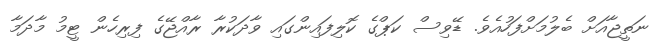
ނަތީޖާއަށް ބެލުމަށްފަހުއެވެ. ޑޭވިސް ކަޕްގެ ކޮލިފައިންގައި ވާދަކުރާ ރާއްޖޭގެ ފިރިހެން ޓީމު މާދަމާ